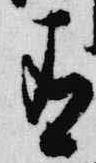
有